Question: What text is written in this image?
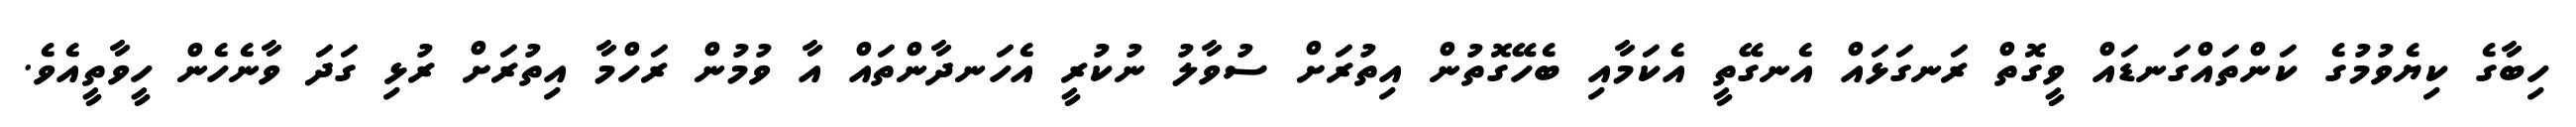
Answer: ހިބާގެ ކިޔެވުމުގެ ކަންތައްގަނޑައް ވީގޮތް ރަނގަޅައް އެނގޭތީ އެކަމާއި ބެހޭގޮތުން އިތުރަށް ސުވާލު ނުކުރީ އެހަނދާންތައް އާ ވުމުން ރަހްމާ އިތުރަށް ރުޅި ގަދަ ވާނެހެން ހީވާތީއެވެ.